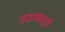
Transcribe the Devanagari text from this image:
उठावाद्वारे